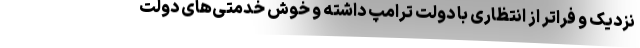
نزدیک و فراتر از انتظاری با دولت ترامپ داشته و خوش خدمتی‌های دولت